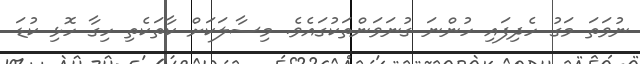
ނުވަތަ މަގު ހެދިފައި ހުންނަ ގުނަވަންތަކުގައެވެ. މިސާލަކަށް ކާތަކެތި ހިގާ ހޮޅި ކުޑަ